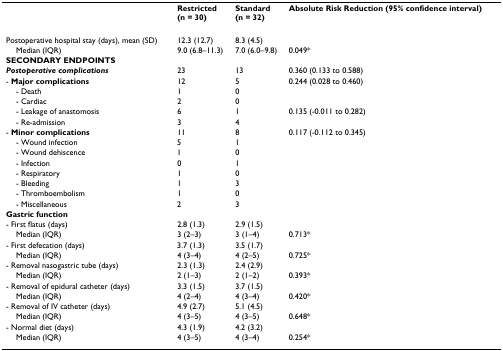
<table><thead><tr><td>[EMPTY_CELL]</td><td><b>Restricted(n = 30)</b></td><td><b>Standard(n = 32)</b></td><td><b>Absolute Risk Reduction (95% confidence interval)</b></td></tr></thead><tbody><tr><td>Postoperative hospital stay (days), mean (SD)</td><td>12.3 (12.7)</td><td>8.3 (4.5)</td><td>[EMPTY_CELL]</td></tr><tr><td> Median (IQR)</td><td>9.0 (6.8–11.3)</td><td>7.0 (6.0–9.8)</td><td>0.049*</td></tr><tr><td><b>SECONDARY ENDPOINTS</b></td><td>[EMPTY_CELL]</td><td>[EMPTY_CELL]</td><td>[EMPTY_CELL]</td></tr><tr><td><b><i>Postoperative complications</i></b></td><td>23</td><td>13</td><td>0.360 (0.133 to 0.588)</td></tr><tr><td>- <b>Major complications</b></td><td>12</td><td>5</td><td>0.244 (0.028 to 0.460)</td></tr><tr><td> - Death</td><td>1</td><td>0</td><td>[EMPTY_CELL]</td></tr><tr><td> - Cardiac</td><td>2</td><td>0</td><td>[EMPTY_CELL]</td></tr><tr><td> - Leakage of anastomosis</td><td>6</td><td>1</td><td>0.135 (-0.011 to 0.282)</td></tr><tr><td> - Re-admission</td><td>3</td><td>4</td><td>[EMPTY_CELL]</td></tr><tr><td>- <b>Minor complications</b></td><td>11</td><td>8</td><td>0.117 (-0.112 to 0.345)</td></tr><tr><td> - Wound infection</td><td>5</td><td>1</td><td>[EMPTY_CELL]</td></tr><tr><td> - Wound dehiscence</td><td>1</td><td>0</td><td>[EMPTY_CELL]</td></tr><tr><td> - Infection</td><td>0</td><td>1</td><td>[EMPTY_CELL]</td></tr><tr><td> - Respiratory</td><td>1</td><td>0</td><td>[EMPTY_CELL]</td></tr><tr><td> - Bleeding</td><td>1</td><td>3</td><td>[EMPTY_CELL]</td></tr><tr><td> - Thromboembolism</td><td>1</td><td>0</td><td>[EMPTY_CELL]</td></tr><tr><td> - Miscellaneous</td><td>2</td><td>3</td><td>[EMPTY_CELL]</td></tr><tr><td><b>Gastric function</b></td><td>[EMPTY_CELL]</td><td>[EMPTY_CELL]</td><td>[EMPTY_CELL]</td></tr><tr><td>- First flatus (days)</td><td>2.8 (1.3)</td><td>2.9 (1.5)</td><td>[EMPTY_CELL]</td></tr><tr><td> Median (IQR)</td><td>3 (2–3)</td><td>3 (1–4)</td><td>0.713*</td></tr><tr><td>- First defecation (days)</td><td>3.7 (1.3)</td><td>3.5 (1.7)</td><td>[EMPTY_CELL]</td></tr><tr><td> Median (IQR)</td><td>4 (3–4)</td><td>4 (2–5)</td><td>0.725*</td></tr><tr><td>- Removal nasogastric tube (days)</td><td>2.3 (1.3)</td><td>2.4 (2.9)</td><td>[EMPTY_CELL]</td></tr><tr><td> Median (IQR)</td><td>2 (1–3)</td><td>2 (1–2)</td><td>0.393*</td></tr><tr><td>- Removal of epidural catheter (days)</td><td>3.3 (1.5)</td><td>3.7 (1.5)</td><td>[EMPTY_CELL]</td></tr><tr><td> Median (IQR)</td><td>4 (2–4)</td><td>4 (3–4)</td><td>0.420*</td></tr><tr><td>- Removal of IV catheter (days)</td><td>4.9 (2.7)</td><td>5.1 (4.5)</td><td>[EMPTY_CELL]</td></tr><tr><td> Median (IQR)</td><td>4 (3–5)</td><td>4 (3–5)</td><td>0.648*</td></tr><tr><td>- Normal diet (days)</td><td>4.3 (1.9)</td><td>4.2 (3.2)</td><td>[EMPTY_CELL]</td></tr><tr><td> Median (IQR)</td><td>4 (3–5)</td><td>4 (3–4)</td><td>0.254*</td></tr></tbody></table>